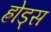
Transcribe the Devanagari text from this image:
ह्रोड्स